Leaving Certificate Examination, 1921
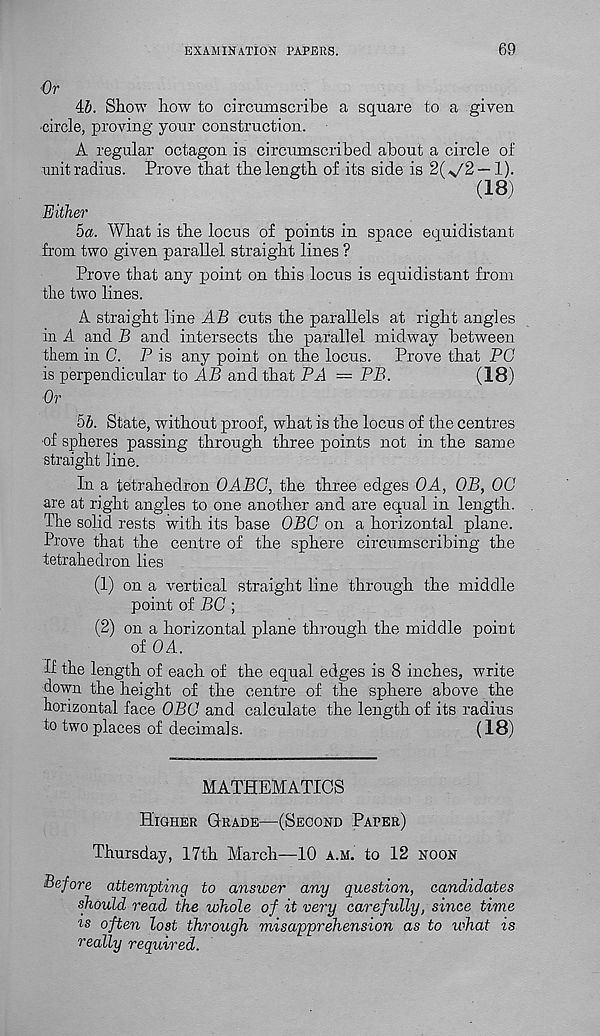
EXAMINATION papers.
69
Or
45. Show how to circumscribe a square to a given
■ circle, proving your construction.
A regular octagon is circumscribed about a circle of
unit radius. Prove that the length of its side is 2(^/2 —1).
(18)
Either
5a. What is the locus of points in space equidistant
from two given parallel straight lines ?
Prove that any point on this locus is equidistant from
the two lines.
A straight line AB cuts the parallels at right angles
in A and B and intersects the parallel midway between
them in C. P is any point on the locus. Prove that PC
is perpendicular to AB and that PA = PB.
(18)
■ Or
55. State, without proof, what is the locus of the centres
of spheres passing through three points not in the same
straight line.
In a tetrahedron OABC, the three edges OA, OB, OC
are at right angles to one another and are equal in length.
The solid rests with its base OBC on a horizontal plane.
Prove that the centre of the sphere circumscribing the
tetrahedron lies
(1) on a vertical straight line through the middle
point of BC ;
(2) on a horizontal plane through the middle point
of OA.
If the length of each of the equal edges is 8 inches, write
down the height of the centre of the sphere above the
horizontal face OBC and calculate the length of its radius
to two places of decimals.
(18)
MATHEMATICS
Higher Grade—(Second Paper)
Thursday, 17th March—10 a.m. to 12 noon
Before attempting to answer any question, candidates
should read the whole of it very carefully, since time
is often lost through misapprehension as to what is
really required.